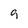
Character: g